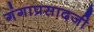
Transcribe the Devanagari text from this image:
गंगाप्रसादजी